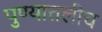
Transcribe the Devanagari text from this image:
पुण्यातलीच